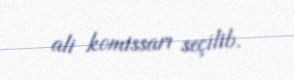
ali komissarı seçilib.